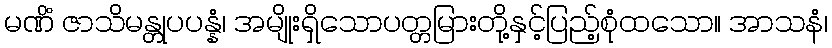
မဏိံ ဇာသိမန္တုပပန္နံ၊ အမျိုးရှိသောပတ္တမြားတို့နှင့်ပြည့်စုံထသော။ အာသနံ၊